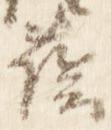
蔭